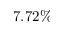
7 . 7 2 \%